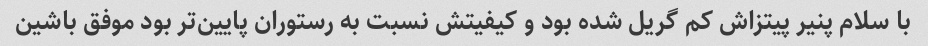
با سلام پنیر پیتزاش کم گریل شده بود و کیفیتش نسبت به رستوران پایین‌تر بود موفق باشین